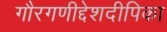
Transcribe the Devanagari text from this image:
गौरगणीद्देशदीपिका